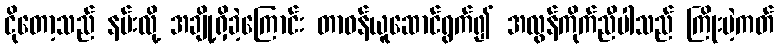
ငိုတော့သည် နမ်းလို့ အချို့ရှိခဲ့ကြောင်း တာဝန်ယူဆောင်ရွက်၍ အလွန်ကိုက်ညီပါသည် ကြိုးမဲ့ကတ်